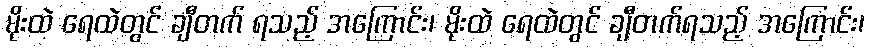
မိုးထဲ ရေထဲတွင် ချီတက် ရသည့် အကြောင်း၊ မိုးထဲ ရေထဲတွင် ချီတက်ရသည့် အကြောင်း၊